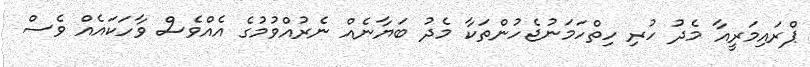
ޕްރައިމަރީއާ މެދު ހުރި ހިތްހަމަނުޖެހުންތަކާ މެދު ބަޔާނެއް ނެރުއްވުމުގެ އެއްވެސް ވާހަކައެއް ވެސް